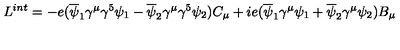
L ^ { i n t } = - e ( \overline { \psi } _ { 1 } \gamma ^ { \mu } \gamma ^ { 5 } \psi _ { 1 } - \overline { \psi } _ { 2 } \gamma ^ { \mu } \gamma ^ { 5 } \psi _ { 2 } ) C _ { \mu } + i e ( \overline { \psi } _ { 1 } \gamma ^ { \mu } \psi _ { 1 } + \overline { \psi } _ { 2 } \gamma ^ { \mu } \psi _ { 2 } ) B _ { \mu }